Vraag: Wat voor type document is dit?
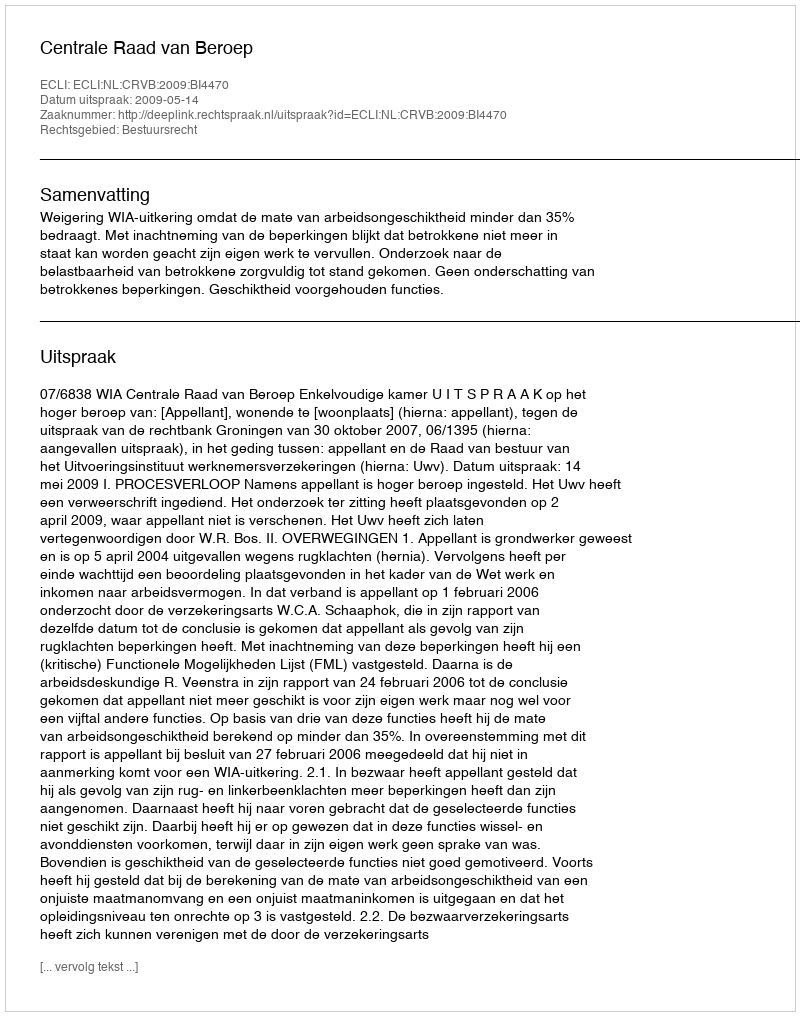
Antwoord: Uitspraak